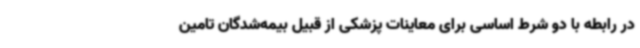
در رابطه با دو شرط اساسی برای معاینات پزشکی از قبیل بیمه‌شدگان تامین